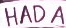
HADA